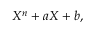
X ^ { n } + a X + b ,